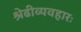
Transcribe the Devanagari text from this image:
श्रेढीव्यवहारः